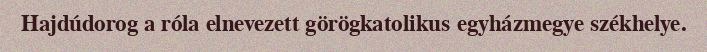
Hajdúdorog a róla elnevezett görögkatolikus egyházmegye székhelye.